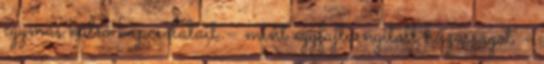
egymás külső kapcsolatait – mint egyfajta nyitott házasságot –